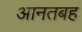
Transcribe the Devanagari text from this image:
आनतबह